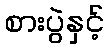
စားပွဲနှင့်